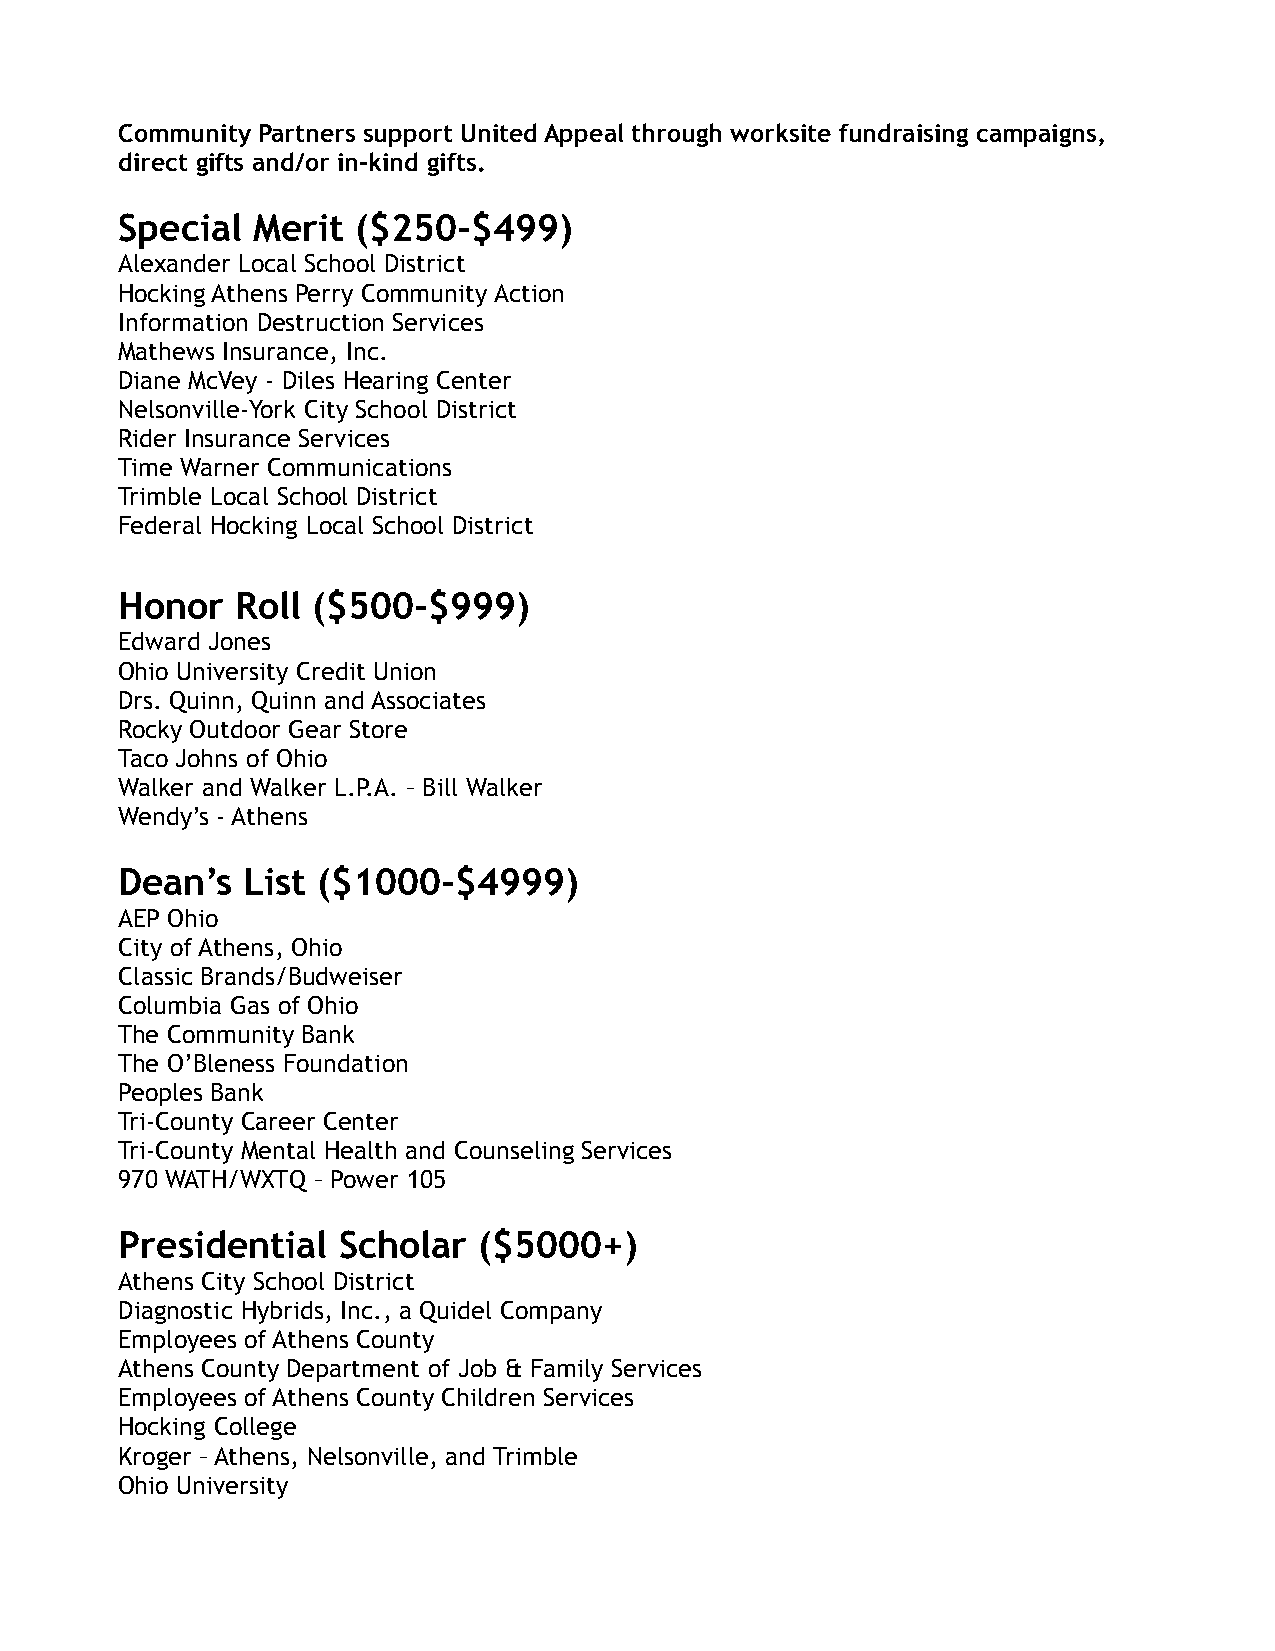
Community Partners support United Appeal through worksite fundraising campaigns,
 direct gifts and/or in-kind gifts.
 Special  Merit  ($250-$499)
 Alexander Local School District
 Hocking Athens Perry Community Action
 Information Destruction Services
 Mathews Insurance, Inc.
 Diane McVey - Diles Hearing Center
 Nelsonville-York City School District
 Rider Insurance Services
 Time Warner Communications
 Trimble Local School District
 Federal Hocking Local School District
 Honor   Roll ($500-$999)
 Edward Jones
 Ohio University Credit Union
 Drs. Quinn, Quinn and Associates
 Rocky Outdoor Gear Store
 Taco Johns of Ohio
 Walker and Walker L.P.A. – Bill Walker
 Wendy’s - Athens
 Dean’s  List ($1000-$4999)
 AEP Ohio
 City of Athens, Ohio
 Classic Brands/Budweiser
 Columbia Gas of Ohio
 The Community Bank
 The O’Bleness Foundation
 Peoples Bank
 Tri-County Career Center
 Tri-County Mental Health and Counseling Services
 970 WATH/WXTQ – Power 105
 Presidential  Scholar   ($5000+)
 Athens City School District
 Diagnostic Hybrids, Inc., a Quidel Company
 Employees of Athens County
 Athens County Department of Job & Family Services
 Employees of Athens County Children Services
 Hocking College
 Kroger – Athens, Nelsonville, and Trimble
 Ohio University